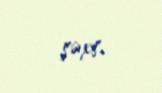
şəxs.